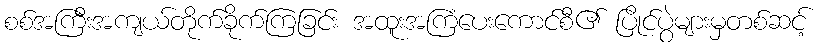
စစ်အကြီးအကျယ်တိုက်ခိုက်ကြခြင်း အထူးအကြံပေးကောင်စီ၏ ပြိုင်ပွဲများမှတစ်ဆင့်